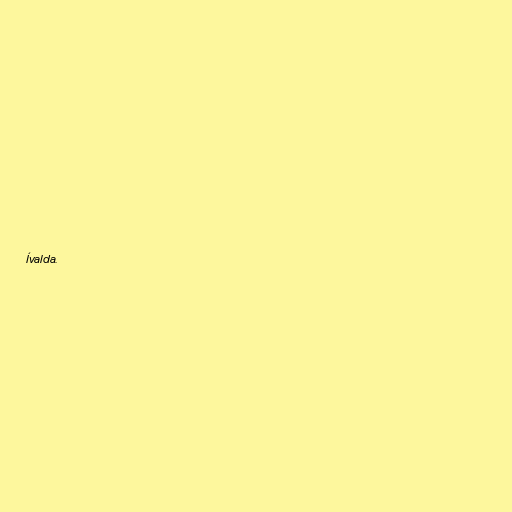
Ívalda.